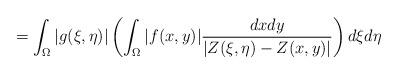
LaTeX: \begin{align*}\quad\quad\quad\quad\quad\quad\quad\quad\quad\quad\,=\int_{\Omega}|g(\xi,\eta)|\left(\int_{\Omega}|f(x,y)|\frac{dxdy}{|Z(\xi,\eta)-Z(x,y)|}\right)d\xi d\eta\end{align*}